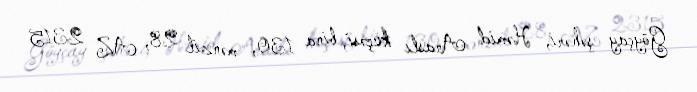
Göyçay şəhəri, Həmid Araslı küçəsi, bina 130, mənzil 28, AZ 2315